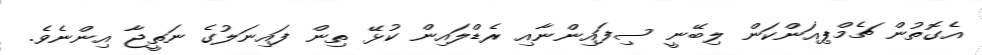
އެގޮތުން ޗެމްޕިއަންކަން ލިބޭނީ ސިފައިންނާއި ރެޑްލައިން ކުޅޭ ތިން ފައިނަލުގެ ނަތީޖާ އިންނެވެ.